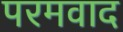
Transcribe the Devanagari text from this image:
परमवाद